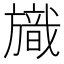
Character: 旘